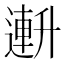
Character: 𫧧